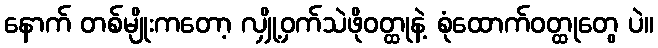
နောက် တစ်မျိုးကတော့ လျှို့ဝှက်သဲဖိုဝတ္ထုနဲ့ စုံထောက်ဝတ္ထုတွေ ပဲ။